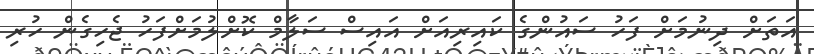
އަތަށް ދިނުމަށް ފަހު ސައުންގެ ކައިރިއަށް އައިސް ސަލާމް ކޮށްލުމަށްފަހު ޖެހިގެން ހުރި